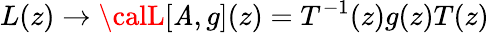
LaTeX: L(z)\rightarrow{\calL}[\mathit{A},g](z)=T^{-1}(z)g(z)T(z)